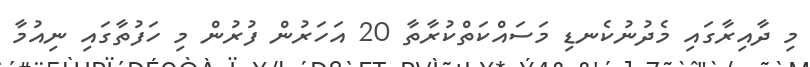
މި ދާއިރާގައި މެދުނުކެނޑި މަސައްކަތްކުރާތާ 20 އަހަރުން ފުރުން މި ހަފުތާގައި ނިއުމާ